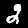
Digit: 2